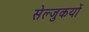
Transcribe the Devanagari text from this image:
सेल्जुकयों